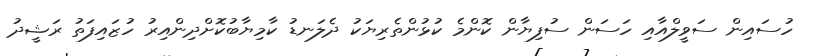
ހުސައިން ސަވީލްއާއި ހަސަން ސުފިޔާން ކޮންމެ ކުޅުންތެރިޔަކު ދެލަނޑު ކާމިޔާބުކޮށްދިންއިރު ހުޒައިފަތު ރަޝީދު